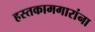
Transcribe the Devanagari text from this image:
हस्तकामगारांना